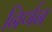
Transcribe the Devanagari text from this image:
निर्णन